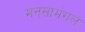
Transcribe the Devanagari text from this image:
मनसामंगल